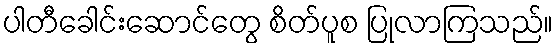
ပါတီခေါင်းဆောင်တွေ စိတ်ပူစ ပြုလာကြသည်။